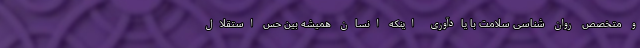
و متخصص روان شناسی سلامت با یادآوری اینکه انسان همیشه بین حس استقلال